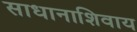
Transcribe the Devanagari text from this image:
साधानाशिवाय